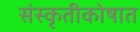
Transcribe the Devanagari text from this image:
संस्कृतीकोषात